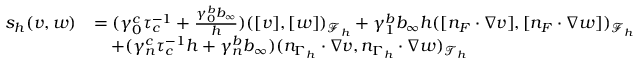
\begin{array} { r l } { s _ { h } ( v , w ) } & { = ( \gamma _ { 0 } ^ { c } \tau _ { c } ^ { - 1 } + \frac { \gamma _ { 0 } ^ { b } b _ { \infty } } { h } ) ( [ v ] , [ w ] ) _ { \mathcal { F } _ { h } } + \gamma _ { 1 } ^ { b } b _ { \infty } h ( [ n _ { F } \cdot \nabla v ] , [ n _ { F } \cdot \nabla w ] ) _ { \mathcal { F } _ { h } } } \\ & { \quad + ( \gamma _ { n } ^ { c } \tau _ { c } ^ { - 1 } h + \gamma _ { n } ^ { b } b _ { \infty } ) ( n _ { \Gamma _ { h } } \cdot \nabla v , n _ { \Gamma _ { h } } \cdot \nabla w ) _ { \mathcal { T } _ { h } } } \end{array}